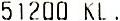
51200 KL.